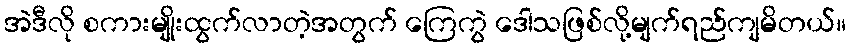
အဲဒီလို စကားမျိုးထွက်လာတဲ့အတွက် ကြေကွဲ ဒေါသဖြစ်လို့မျက်ရည်ကျမိတယ်။